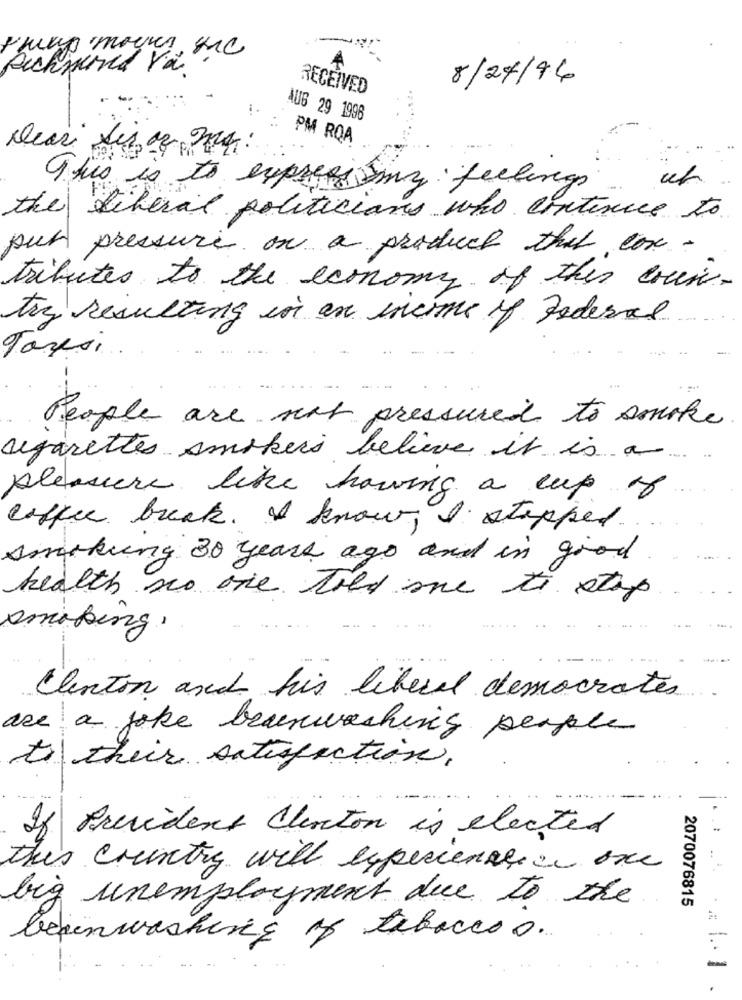
imuno mours, sic
Auchsund Vä
8/27/16
RECEIVED
AUG 29 1996
PM ROA
This is to express my feelings
the liberal politicians who continue to
pur pressure on a product that cox .
tributes to the economy of this coin-
try resulting in an income of Federal
Tassi.
People are not pressured to smoke
agarettes smokers believe it is a
pleasure like having a cup of
coffee break. I know, I stopped.
smrkung 30 years ago and in good
health no one told me to stop
smoking.
Clinton and his liberal democrats.
are a joke beanwashing people
to their satisfaction.
If President Chocton is elected
This country will experience in one
big unemployment due to the
2070076815
brainwashing of tabaccos.